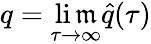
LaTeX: q=\operatorname*{li\mathfrak{m}}_{\tau\rightarrow\infty}\hat{{q}}(\tau)